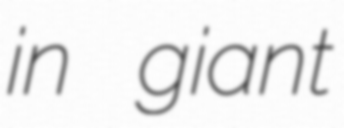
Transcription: in giant